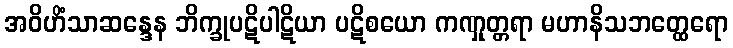
အဝိဟိံသာဆန္ဒေန ဘိက္ခုပဋိပါဋိယာ ပဋိစယော ကဏှုတ္တရာ မဟာနိသဘတ္ထေရော